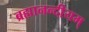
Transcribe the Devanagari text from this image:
ब्रह्मानन्दीयम्